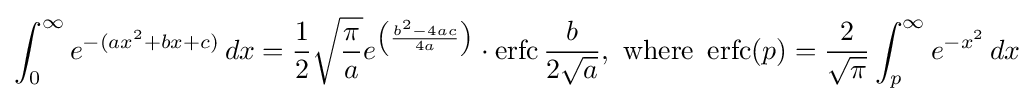
\int _{0}^{\infty }e^{-(ax^{2}+bx+c)}\,dx={\frac {1}{2}}{\sqrt {\frac {\pi }{a}}}e^{\left({\frac {b^{2}-4ac}{4a}}\right)}\cdot \operatorname {erfc} {\frac {b}{2{\sqrt {a}}}},{\text{ where }}\operatorname {erfc} (p)={\frac {2}{\sqrt {\pi }}}\int _{p}^{\infty }e^{-x^{2}}\,dx